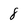
Character: 8